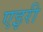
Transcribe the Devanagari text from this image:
एइरी